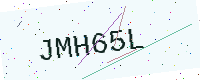
Text: JMH65L